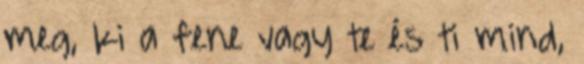
meg, ki a fene vagy te és ti mind,